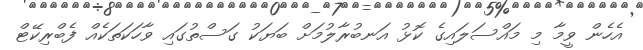
އެހެން ވީމާ މި މައްސަލައިގެ ކޮޅު އަނބުރާލުމަށް ބަޔަކު ގަސްތުގައި ވާހަކަތަކެއް ފެބްރިކޭޓް